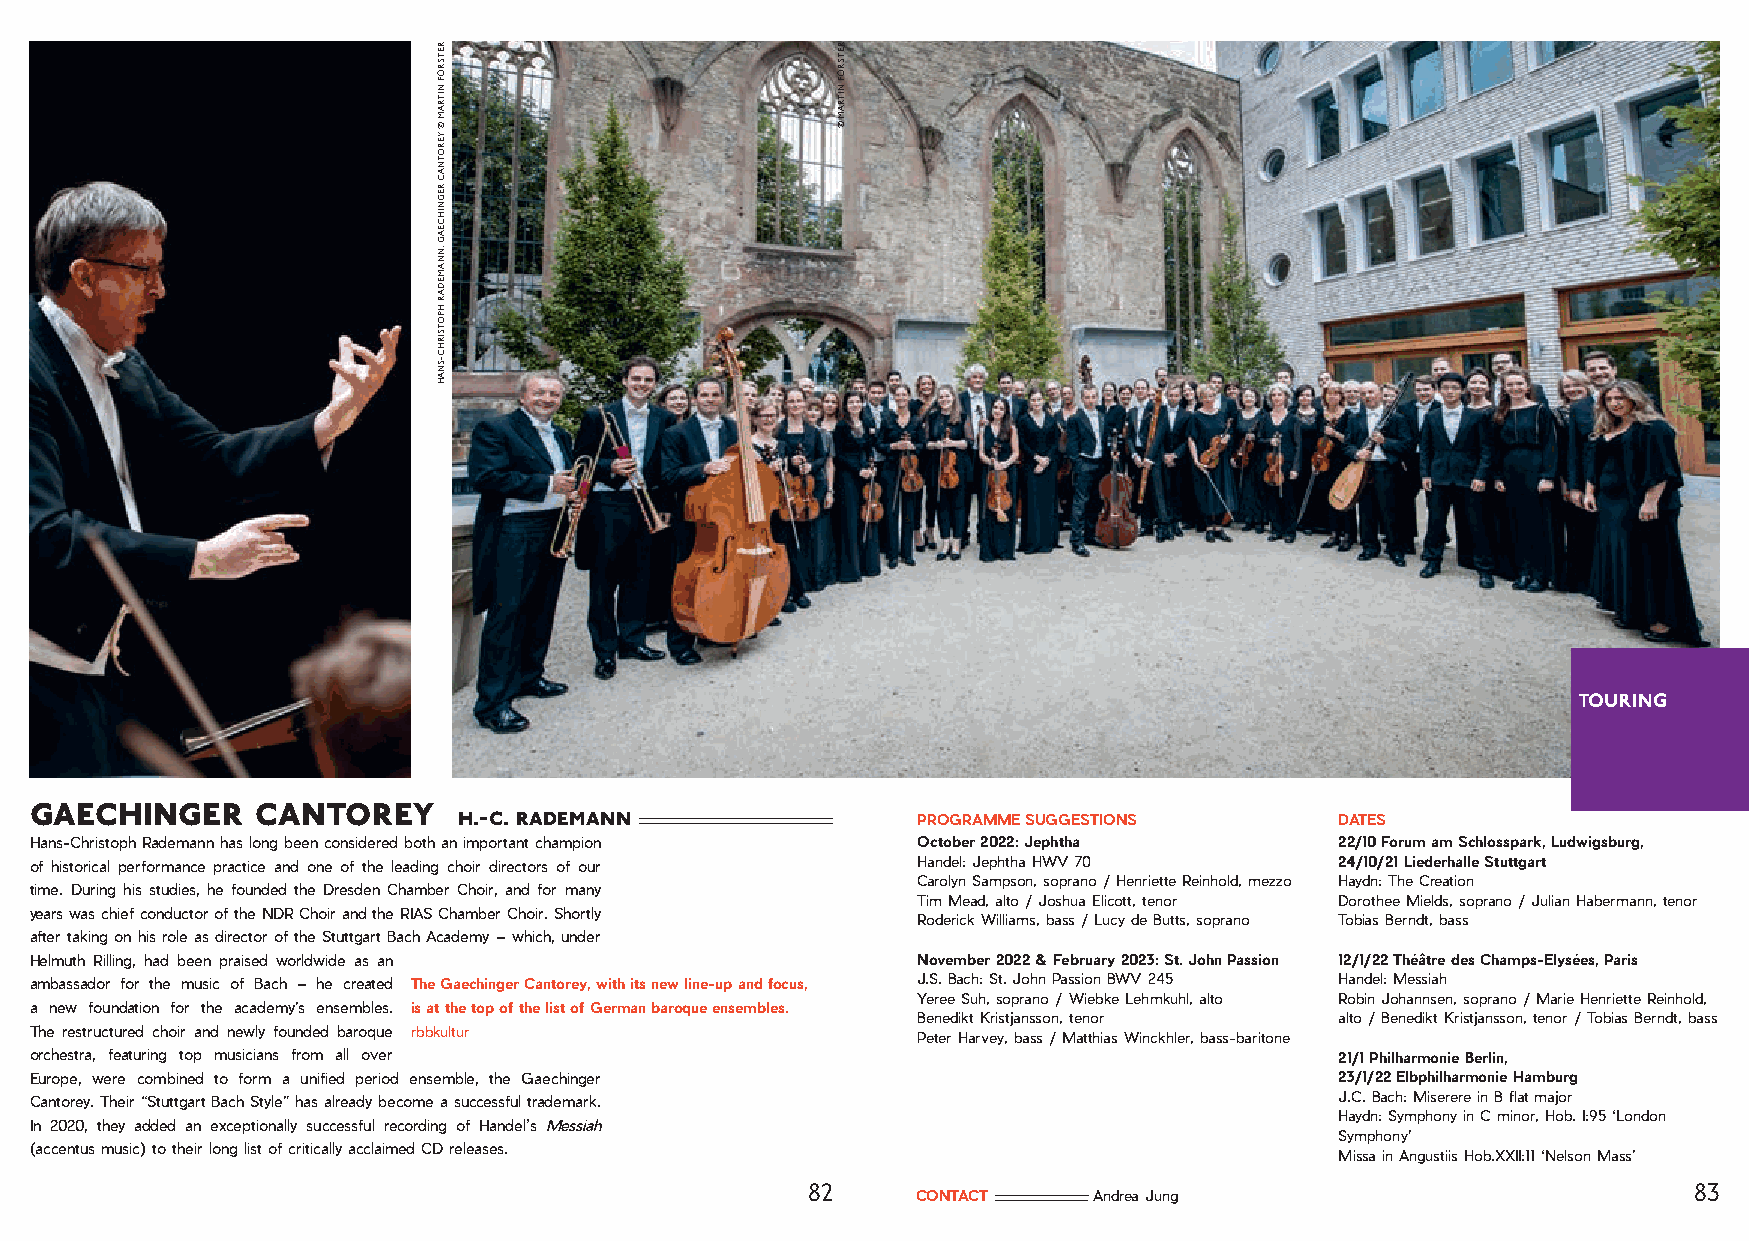
TOURING
 gaechinger     cantorey
 h.-c. rademann                 PROGRAMME SUGGESTIONS       DATES
 Hans-Christoph Rademann has long been considered both an important champion October 2022: Jephtha 22/10 Forum am Schlosspark, Ludwigsburg,
 of historical performance practice and one of the leading choir directors of our Handel: Jephtha HWV 70 24/10/21 Liederhalle Stuttgart
 Carolyn Sampson, soprano / Henriette Reinhold, mezzo Haydn: The Creation
 time. During his studies, he founded the Dresden Chamber Choir, and for many
 Tim Mead, alto / Joshua Elicott, tenor Dorothee Mields, soprano / Julian Habermann, tenor
 years was chief conductor of the NDR Choir and the RIAS Chamber Choir. Shortly
 Roderick Williams, bass / Lucy de Butts, soprano Tobias Berndt, bass
 after taking on his role as director of the Stuttgart Bach Academy – which, under
 Helmuth Rilling, had been praised worldwide as an          November 2022 & February 2023: St. John Passion 12/1/22 Théâtre des Champs-Elysées, Paris
 ambassador for the music of Bach – he created The Gaechinger Cantorey, with its new line-up and focus, J.S. Bach: St. John Passion BWV 245 Handel: Messiah
 Yeree Suh, soprano / Wiebke Lehmkuhl, alto Robin Johannsen, soprano / Marie Henriette Reinhold,
 a new foundation for the academy’s ensembles. is at the top of the list of German baroque ensembles.
 Benedikt Kristjansson, tenor alto / Benedikt Kristjansson, tenor / Tobias Berndt, bass
 The restructured choir and newly founded baroque rbbkultur
 Peter Harvey, bass / Matthias Winckhler, bass-baritone
 orchestra, featuring top musicians from all over                                       21/1 Philharmonie Berlin,
 Europe, were combined to form a unified period ensemble, the Gaechinger                23/1/22 Elbphilharmonie Hamburg
 Cantorey. Their “Stuttgart Bach Style” has already become a successful trademark.      J.C. Bach: Miserere in B flat major
 Haydn: Symphony in C minor, Hob. I:95 ‘London
 In 2020, they added an exceptionally successful recording of Handel’s Messiah
 Symphony’
 (accentus music) to their long list of critically acclaimed CD releases.
 Missa in Angustiis Hob.XXII:11 ‘Nelson Mass’
 82                                                         83
 CONTACT    Andrea Jung
 RETSRÖF
 NITRAM
 ©
 YEROTNAC
 REGNIHCEAG
 ,NNAMEDAR
 HPOTSIRHC-SNAH
 RETSRÖF
 NITRAM
 ©